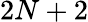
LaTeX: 2N+2